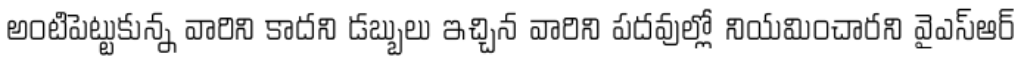
అంటిపెట్టుకున్న వారిని కాదని డబ్బులు ఇచ్చిన వారిని పదవుల్లో నియమించారని వైఎస్ఆర్